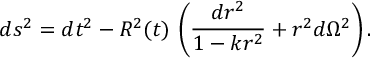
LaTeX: d s ^ { 2 } = d t ^ { 2 } - R ^ { 2 } ( t ) \, \left( \frac { d r ^ { 2 } } { 1 - k r ^ { 2 } } + r ^ { 2 } d \Omega ^ { 2 } \right) .